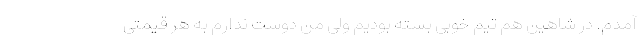
آمدم. در شاهین هم تیم خوبی بسته بودیم ولی من دوست ندارم به هر قیمتی